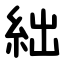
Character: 絀